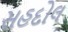
સહદોલ